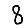
Digit: 8